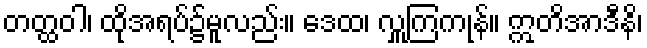
တတ္ထဝါ၊ ထိုအရပ်၌မူလည်း။ ဒေထ၊ လှူကြကုန်။ ဣတိအာဒီနိ၊